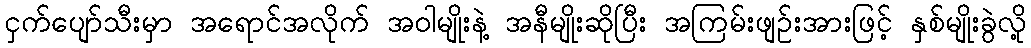
ငှက်ပျော်သီးမှာ အရောင်အလိုက် အဝါမျိုးနဲ့ အနီမျိုးဆိုပြီး အကြမ်းဖျဉ်းအားဖြင့် နှစ်မျိုးခွဲလို့